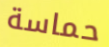
حماسة